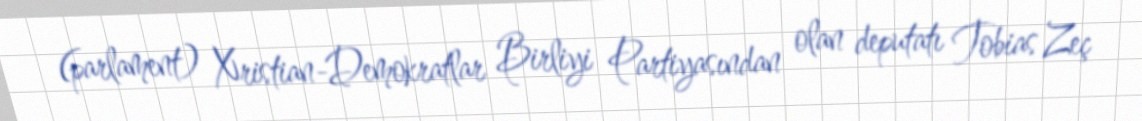
(parlament) Xristian-Demokratlar Birliyi Partiyasından olan deputatı Tobias Zeç